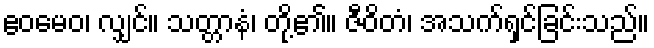
ဧဝမေဝ၊ လျှင်။ သတ္တာနံ၊ တို့၏။ ဇီဝိတံ၊ အသက်ရှင်ခြင်းသည်။